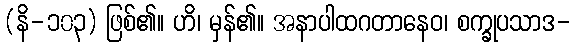
(နိ-၁၀၃) ဖြစ်၏။ ဟိ၊ မှန်၏။ အနာပါထဂတာနေဝ၊ စက္ခုပသာဒ-